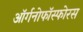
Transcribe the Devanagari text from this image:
ऑर्गनोफॉस्फोरस